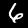
Digit: 6